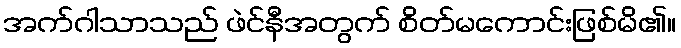
အက်ဂါသာသည် ဖဲင်နီအတွက် စိတ်မကောင်းဖြစ်မိ၏။